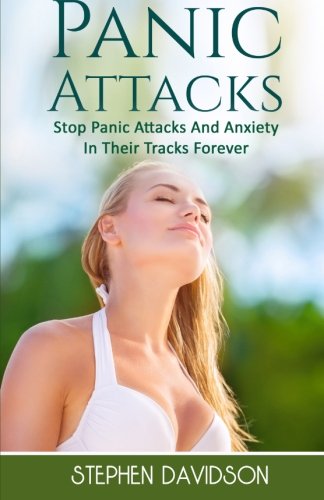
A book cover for Panic Attacks: Stop Panic Attacks And Anxiety In Their Tracks Forever; Stephen Davidson; Self-Help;